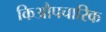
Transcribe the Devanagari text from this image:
किऔपचारिक